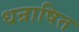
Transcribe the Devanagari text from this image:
धन्राषित